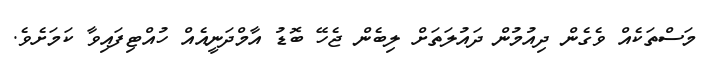
މަސްތަކެއް ވެގެން ދިއުމުން ދައުލަތަށް ލިބެން ޖެހޭ ބޮޑު އާމްދަނީއެއް ހުއްޓިފައިވާ ކަމަށެވެ.